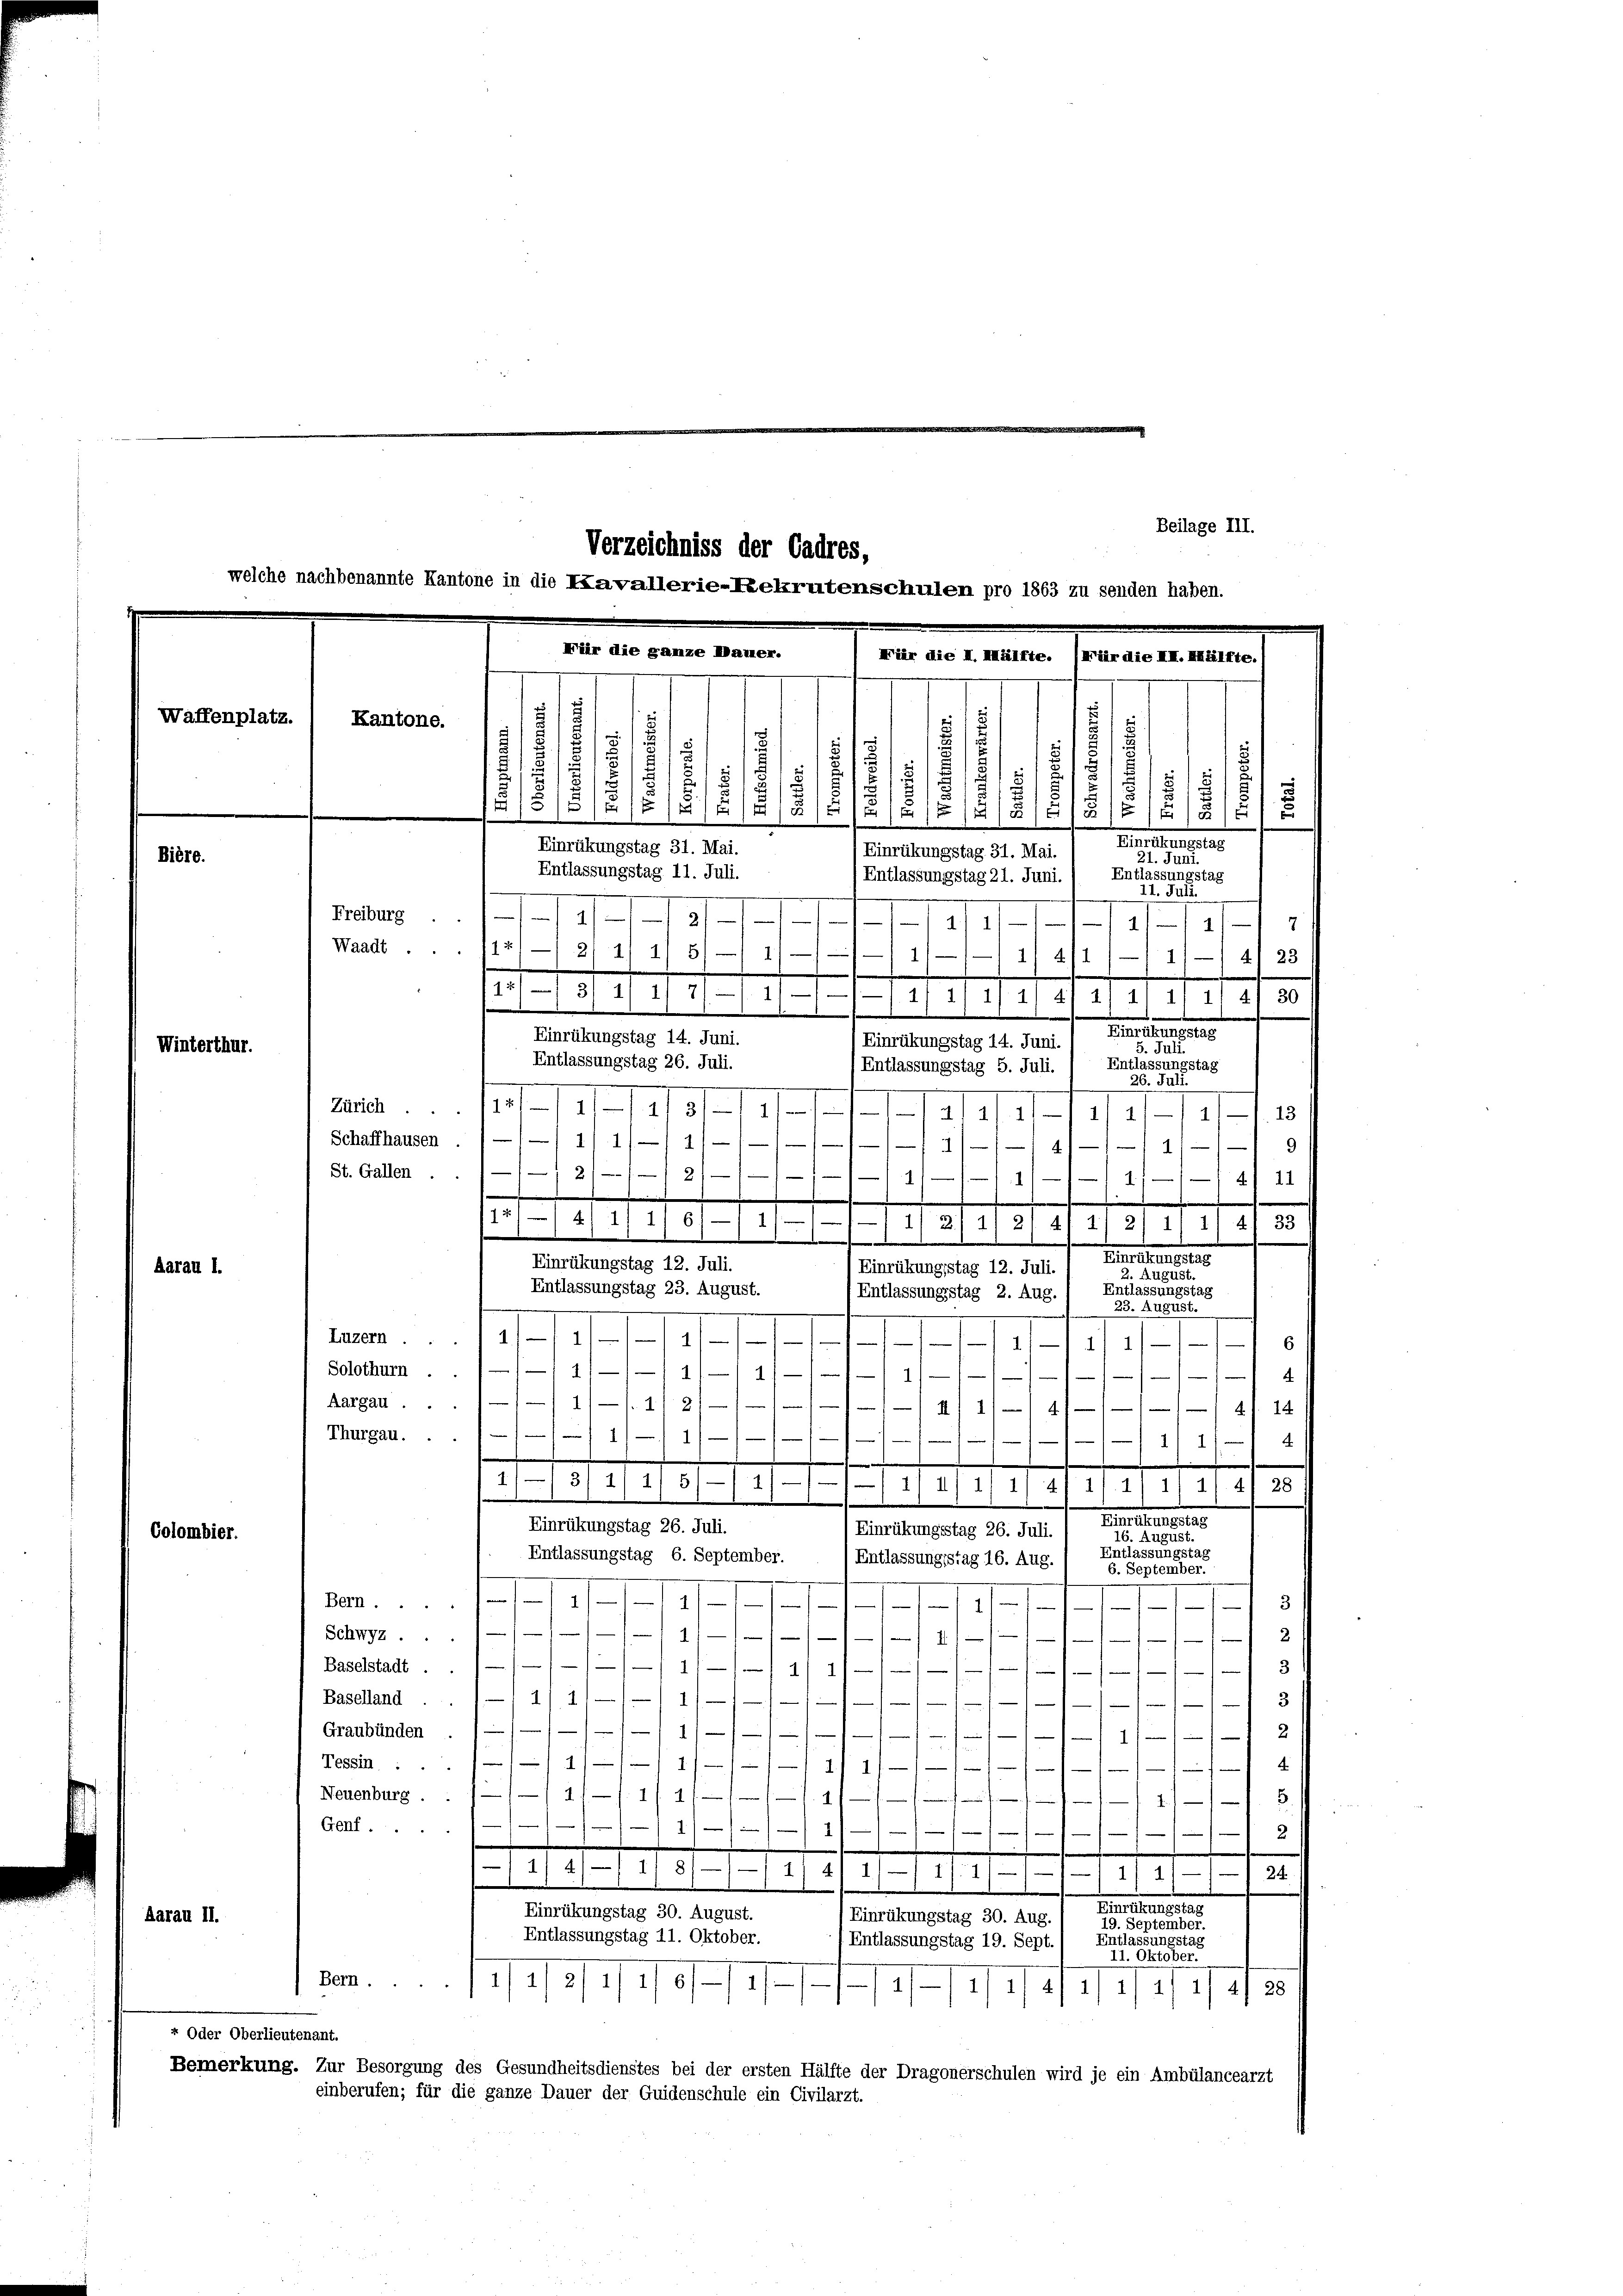
Waffenplatz.

Colombier.

10.

Winterthur.

Aarau I.

rau II.

« Oder Oberlieutenant.

Verzeichniss der Cadres,
welche nachbenannte Kantone in die Kavallerie-Rekrutenschulen pro 1863 zu senden haben.
Für die ganze Dauer.
Für die I. Mälfte. (Für die XII. Hälfte. (
Kantone.
s
1
2
7
1
.
.
15
18
8
12
5/5/5/
3
512
t/4 x
1
s
A1218JÄHEIE/G1G

Beilage III.

Martierte a
Einrükungstag 31. Mai.
(Einrükungstag 31. Mai.

Entlassungstag 11. Juli.
Entlassungstag
(Entlassungstag 21. Juni.
11. Juli.
Freiburg.

19
1
4
Waadt ... 141—12/ 1) 1) 5/
1
.
/1)-/ 41 23
1
1
d
123/ 2/ 2/ 711. 21/2/ 2/ 2/4) 21 21 21 21 21 § 1 80
Ferdiener
Einrükungstag 14. Juni.
Einrükungstag 14. Juni.
5. Juli
Entlassungstag 26. Juli.
Entlassungstag
)Entlassungstag 5. Juli.
26. Juli.
Zürich.

a 21114.
1/1. 13
Schaffhausen . / —1 — 11 1/1 1/////
21419
1
St. Gallen.
21/2
.
4) 11
11/11 1/
f
.
12
41
n
1
IIatat et 1 1/2 11 21 21 80
.
.
Seestreuerte
Einrükungstag 12. Juli.
Einrükungsstag 12. Juli.
2. August.
Entlassungstag 23. August.
Entlassungstag
Entlassungstag 2. Aug.
. August.
Reten
1
6
t
Solothurn.
1/2
4
1
1)
Aargau.
1/1 1/2/
4) 111 4///// 41. 14
Thurgau..//—1/ 1/1 1
—
/11 1
4
e
.
1/182/1/5/11 14/11 1/2 1/2/114/4/20
Steuereite
Einrückungstag 26. Juli.
Einrükungsstag 26. Juli.
 August.
Entlassungstag
Entlassungstag 6. September.
Entlassungstag 16. Aug.
6. September
.
3
Bern ...
1)
1
)
Schwyz ...
f
7
1
Baselstadt .
1
/1
d
2
Baselland ..
1/
Graubünden .
1
u
4
i
I
Tessin ...
1)
s
s
1 1/
1/4 11 1/4
Neuenburg.
.
1/
2
Genf ....
.
1
2
11/11. 1781. 1. 1419 ff. 27. 2
24
177
Andelterner an
Einrükungstag 30. August.
Einrükungstag 30. Aug.
19. September.
Entlassungstag 11. Oktober.
Entlassungstag
Entlassungstag 19. Sept.
11. Oktobe
Bern.
1311/11/11 1
11/2/1/ 1/4 1/4/28
Bemerkung. Zur Besorgung des Gesundheitsdienstes bei der ersten Hälfte der Dragonerschulen wird je ein Ambülanceärzt
einberufen; für die ganze Dauer der Quidenschule ein Civilarzt.